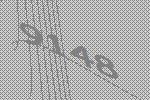
9148